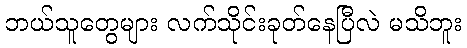
ဘယ်သူတွေများ လက်သိုင်းခုတ်နေပြီလဲ မသိဘူး